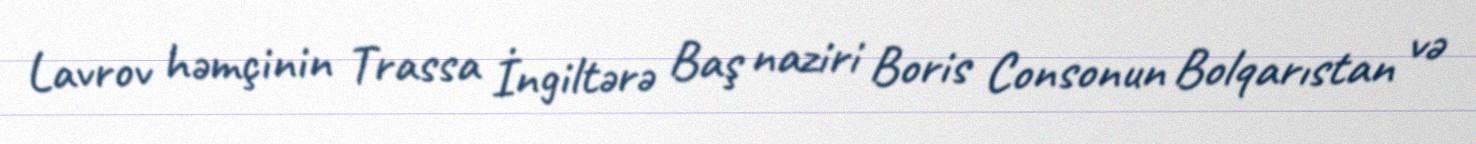
Lavrov həmçinin Trassa İngiltərə Baş naziri Boris Consonun Bolqarıstan və